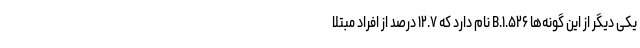
یکی دیگر از این گونه‌ها B.۱.۵۲۶ نام دارد که ۱۲.۷ درصد از افراد مبتلا